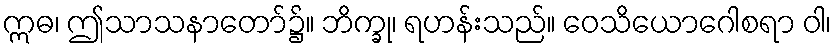
ဣဓ၊ ဤသာသနာတော်၌။ ဘိက္ခု၊ ရဟန်းသည်။ ဝေသိယောဂေါစရာ ဝါ၊